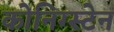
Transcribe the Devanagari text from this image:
कोनिग्स्टेन